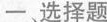
一、选择题